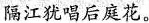
隔江犹唱后庭花。